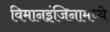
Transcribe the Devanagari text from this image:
विमानइंजिनामध्ये